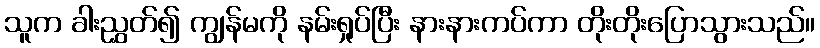
သူက ခါးညွှတ်၍ ကျွန်မကို နမ်းရှုပ်ပြီး နားနားကပ်ကာ တိုးတိုးပြောသွားသည်။